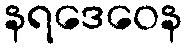
နရဒေဝေန